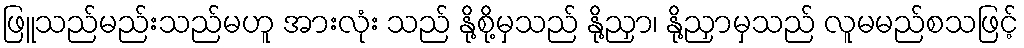
ဖြူသည်မည်းသည်မဟူ အားလုံး သည် နို့စို့မှသည် နို့ညှာ၊ နို့ညှာမှသည် လူမမည်စသဖြင့်